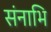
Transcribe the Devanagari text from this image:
संनाभि